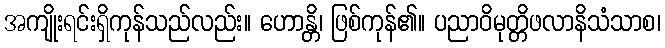
အကျိုးရင်းရှိကုန်သည်လည်း။ ဟောန္တိ၊ ဖြစ်ကုန်၏။ ပညာဝိမုတ္တိဖလာနိသံသာစ၊